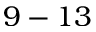
9 - 1 3